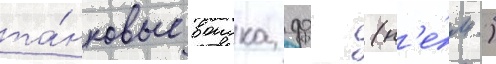
та́нковые воиска фрг (н'е́м.)